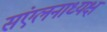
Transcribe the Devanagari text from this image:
संएलनाध्यक्ष